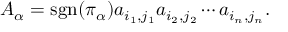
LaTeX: A _ { \alpha } = \operatorname { s g n } ( \pi _ { \alpha } ) a _ { i _ { 1 } , j _ { 1 } } a _ { i _ { 2 } , j _ { 2 } } \cdots a _ { i _ { n } , j _ { n } } .